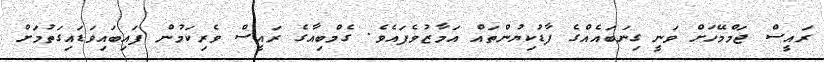
ރައީސް ޖަމްމޭހަށް ވަނީ ގިނަބައެއްގެ ފާޑުކިޔުންތައް އަމާޒުވެފައެވެ. ގެމްބިއާގެ ރައީސް ވެރިކަމުން ފައިބައިވަަޑައިގަތުމަށް